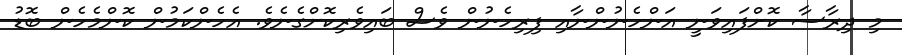
މި ދިރާސާ ކޮށްފައިވަނީ އަންހެނުންނާއި ފިރިހެނުން ވެސް ބައިވެރިކޮށްގެނެވެ. އެހެންކަމުން ކޮންމެހެން ބޮޑު